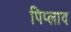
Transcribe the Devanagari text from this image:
पिप्लाद